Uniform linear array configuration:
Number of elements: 64
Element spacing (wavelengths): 0.25
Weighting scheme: cosine
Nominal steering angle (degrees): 45
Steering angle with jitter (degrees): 46.425
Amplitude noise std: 0.05
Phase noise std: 0.05

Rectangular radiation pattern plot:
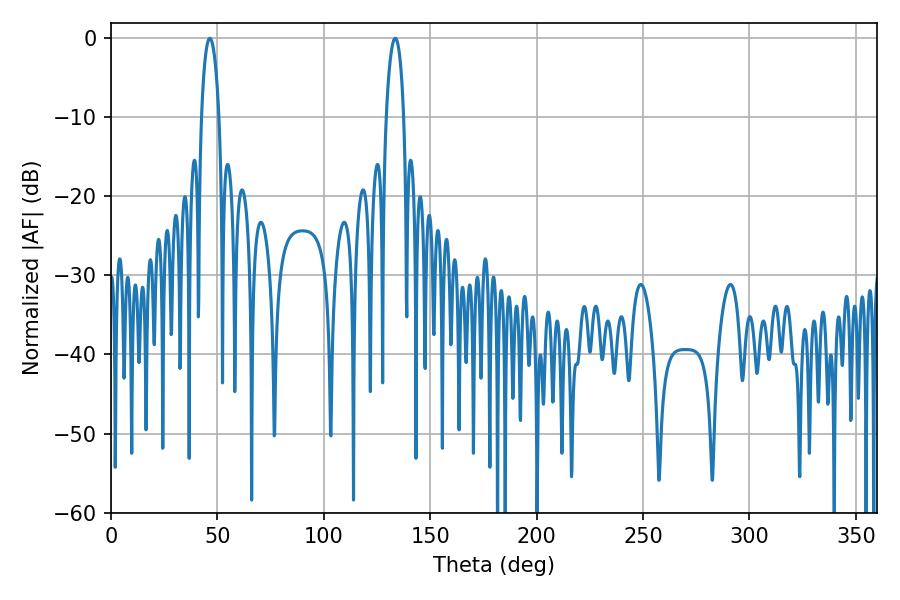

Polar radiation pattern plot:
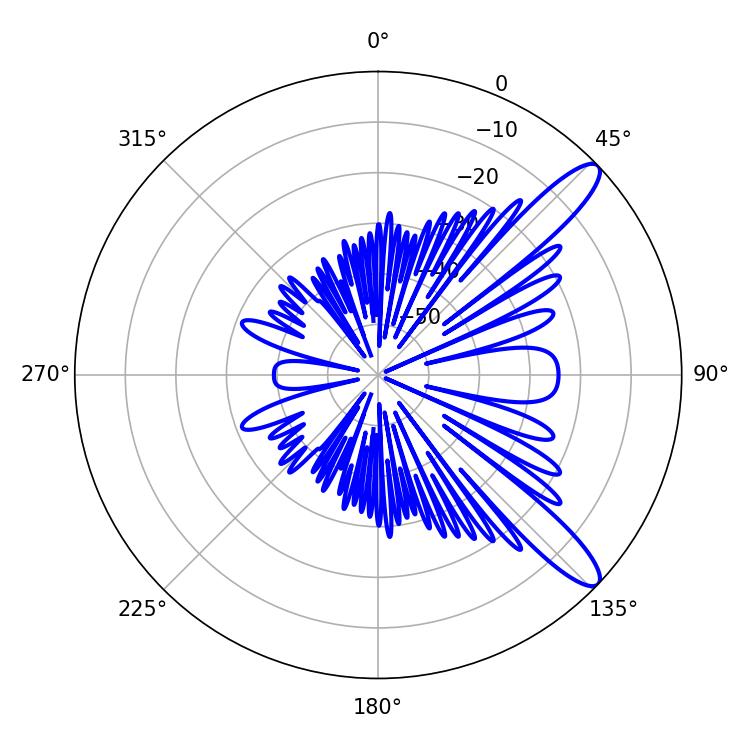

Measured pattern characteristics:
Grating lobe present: FALSE
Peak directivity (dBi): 11.778
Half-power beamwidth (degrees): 4.68
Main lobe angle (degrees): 46.44